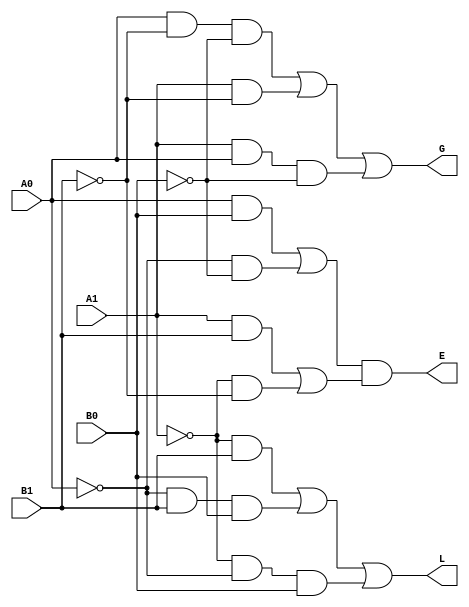
`timescale 1ns / 1ps
//////////////////////////////////////////////////////////////////////////////////
// Company: 
// Engineer: 
// 
// Design Name: 
// Module Name: COMPARATOR
// Project Name: 
// Target Devices: 
// Tool Versions: 
// Description: 
// 
// Dependencies: 
// 
// Revision:
// Revision 0.01 - File Created
// Additional Comments:
// 
//////////////////////////////////////////////////////////////////////////////////


module COMPARATOR(G,E,L,A0,A1,B0,B1);
input A0,A1,B0,B1;
output G,E,L;
assign G= (A0&(~B1)&(~B0))|(A1&(~B1))|(A1&A0&(~B0));
assign E= ((A0&B0)|((~A0)&(~B0)))&((A1&B1)|((~A1)&(~B1)));
assign L= (((~A1)&B1)|((~A0)&B1&B0)|((~A1)&(~A0)&B0));
endmodule